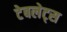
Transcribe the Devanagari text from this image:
टेबलेट्स